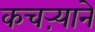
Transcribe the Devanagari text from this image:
कचऱ्याने